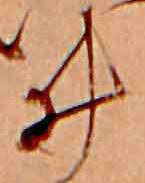
ゐ